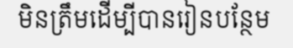
មិនត្រឹមដើម្បីបានរៀនបន្ថែម